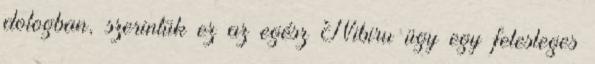
dologban, szerintük ez az egész Nibiru ügy egy felesleges